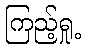
ကြည့်ရှု့